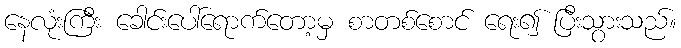
နေလုံးကြီး ခေါင်းပေါ်ရောက်တော့မှ စာတစ်စောင် ရေး၍ ပြီးသွားသည်။